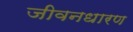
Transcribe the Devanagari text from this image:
जीवनधारण